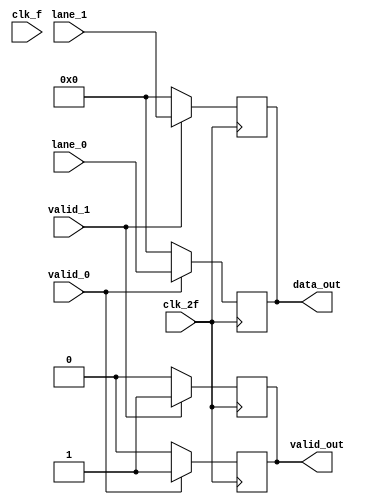
module byte_unstrip(
    input clk_f,
    input clk_2f,
    input valid_0,
    input valid_1,
    input [31:0] lane_0,
    input [31:0] lane_1,
    output reg [31:0] data_out,
    output reg valid_out
    
);
initial begin
    data_out=32'h00000000;
    valid_out <= 1'b0;


end
    always @(posedge clk_2f ) 
        begin
            if (valid_0 == 0) 
                begin
                    valid_out <= 1'b0;
                    data_out <= 32'h00000000;
                    
                end 
            else 
                begin
                    valid_out <= 1'b1;
                    data_out = lane_0;

                    
                end
            
        end
    always @(negedge clk_2f ) 
        begin
            if (valid_1 == 0) 
                begin
                    valid_out <= 1'b0;
                    data_out <= 32'h00000000;
                    
                end 
            else 
                begin
                    valid_out <= 1'b1;
                    data_out = lane_1;

                    
                end
            
        end
    


endmodule